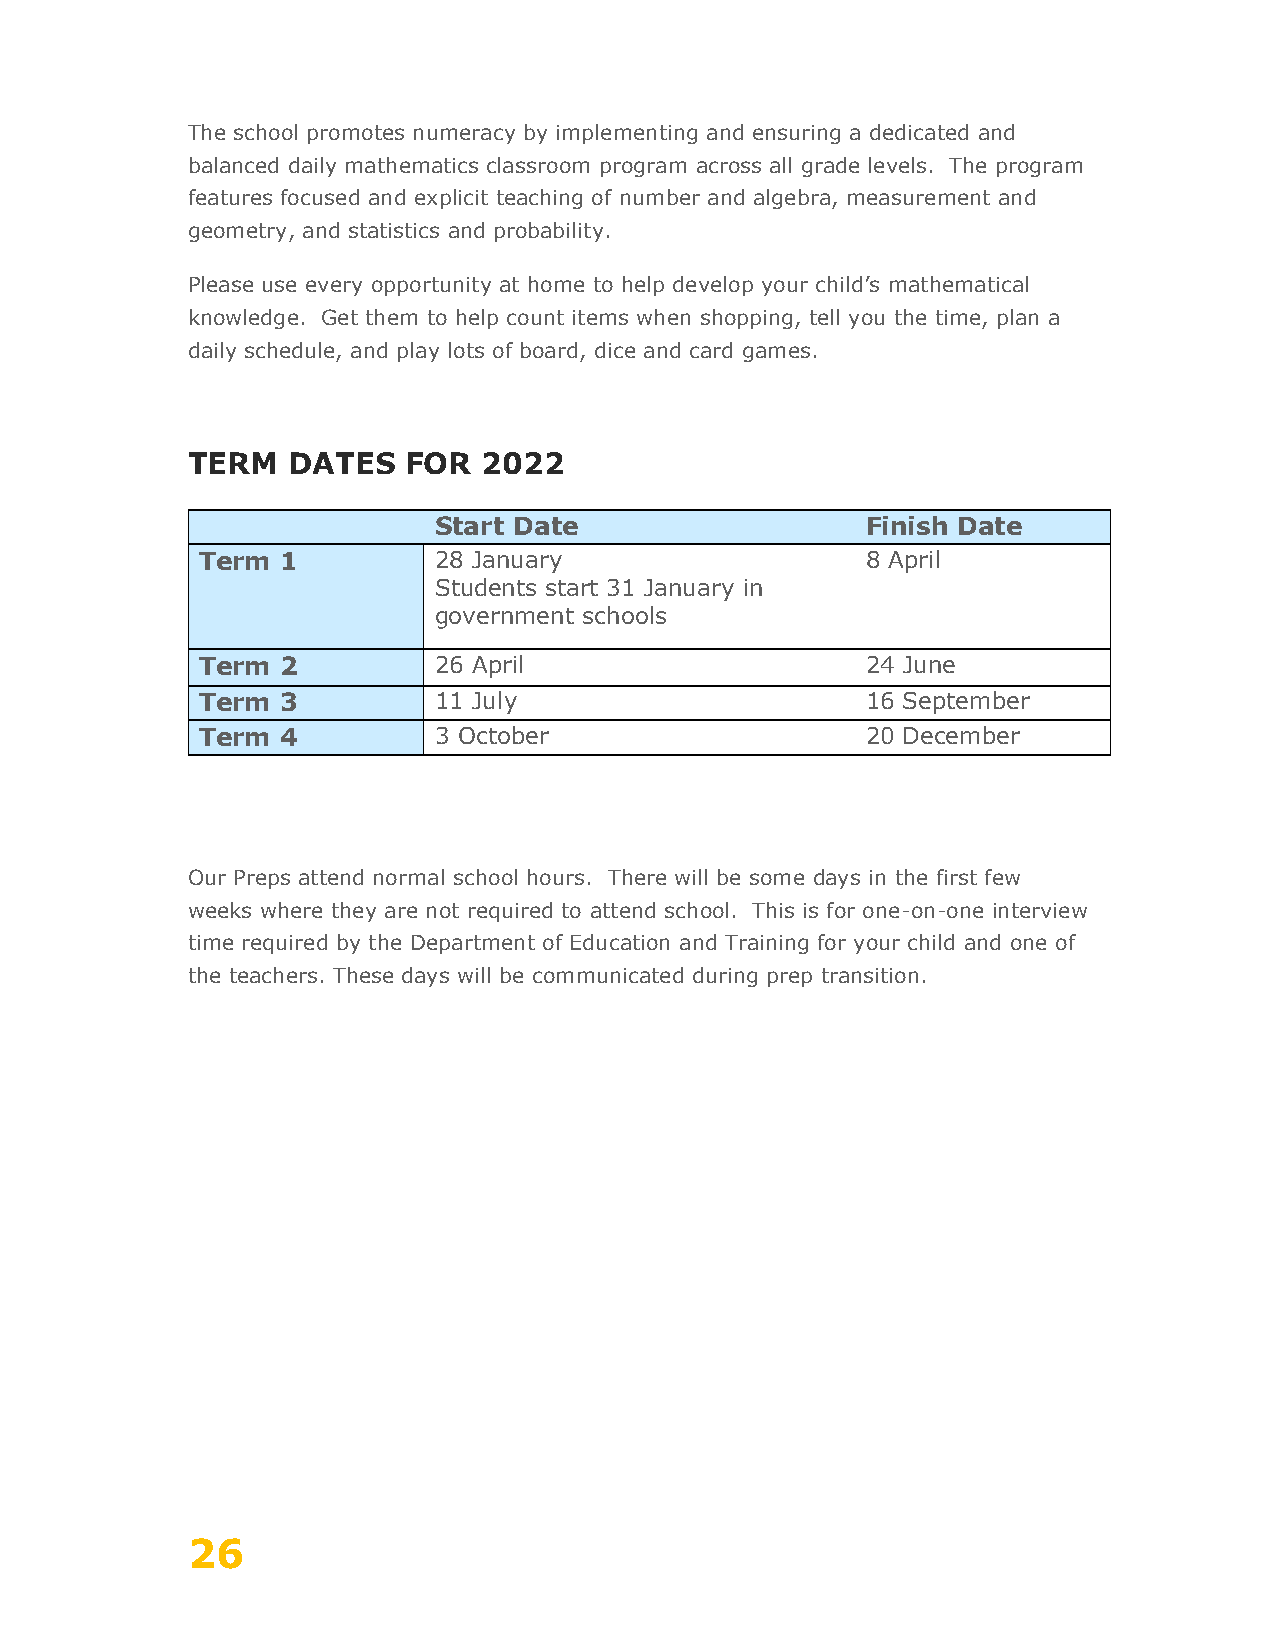
The school promotes numeracy by implementing and ensuring a dedicated and
 balanced daily mathematics classroom program across all grade levels. The program
 features focused and explicit teaching of number and algebra, measurement and
 geometry, and statistics and probability.
 Please use every opportunity at home to help develop your child’s mathematical
 knowledge. Get them to help count items when shopping, tell you the time, plan a
 daily schedule, and play lots of board, dice and card games.
 TERM   DATES   FOR  2022
 Start Date                  Finish Date
 Term  1         28 January                  8 April
 Students start 31 January in
 government schools
 Term  2         26 April                    24 June
 Term  3         11 July                     16 September
 Term  4         3 October                   20 December
 Our Preps attend normal school hours. There will be some days in the first few
 weeks where they are not required to attend school. This is for one-on-one interview
 time required by the Department of Education and Training for your child and one of
 the teachers. These days will be communicated during prep transition.
 26